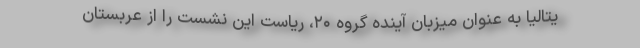
یتالیا به عنوان میزبان آینده گروه ۲۰، ریاست این نشست را از عربستان